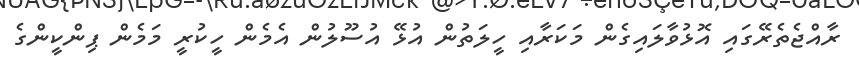
ރާއްޖެތެރޭގައި އޮޅުވާލައިގެން މަކަރާއި ހީލަތުން އުޅޭ އުސޫލުން އެމެން ހީކުރީ މަމެން ޕިންކީންގެ